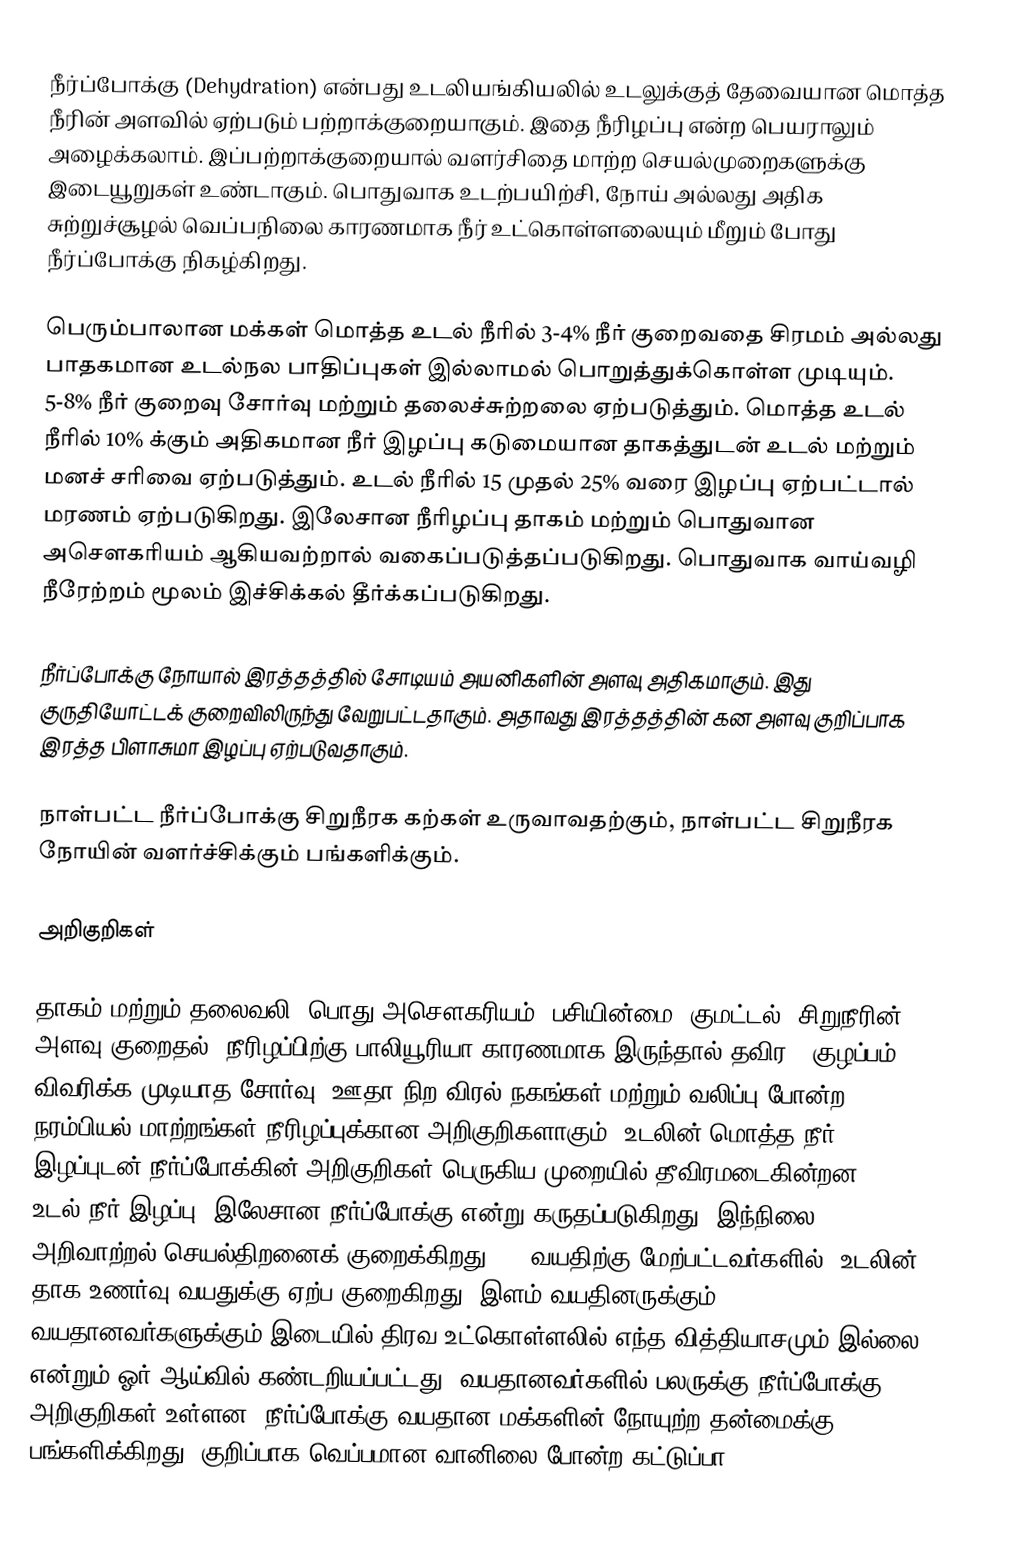
நீர்ப்போக்கு (Dehydration) என்பது உடலியங்கியலில் உடலுக்குத் தேவையான மொத்த நீரின் அளவில் ஏற்படும் பற்றாக்குறையாகும். இதை நீரிழப்பு என்ற பெயராலும் அழைக்கலாம். இப்பற்றாக்குறையால் வளர்சிதை மாற்ற செயல்முறைகளுக்கு இடையூறுகள் உண்டாகும். பொதுவாக உடற்பயிற்சி, நோய் அல்லது அதிக சுற்றுச்சூழல் வெப்பநிலை காரணமாக நீர் உட்கொள்ளலையும் மீறும் போது நீர்ப்போக்கு நிகழ்கிறது.

பெரும்பாலான மக்கள் மொத்த உடல் நீரில் 3-4% நீர் குறைவதை சிரமம் அல்லது பாதகமான உடல்நல பாதிப்புகள் இல்லாமல் பொறுத்துக்கொள்ள முடியும். 5-8% நீர் குறைவு சோர்வு மற்றும் தலைச்சுற்றலை ஏற்படுத்தும். மொத்த உடல் நீரில் 10% க்கும் அதிகமான நீர் இழப்பு கடுமையான தாகத்துடன் உடல் மற்றும் மனச் சரிவை ஏற்படுத்தும். உடல் நீரில் 15 முதல் 25% வரை இழப்பு ஏற்பட்டால் மரணம் ஏற்படுகிறது. இலேசான நீரிழப்பு தாகம் மற்றும் பொதுவான அசௌகரியம் ஆகியவற்றால் வகைப்படுத்தப்படுகிறது. பொதுவாக வாய்வழி நீரேற்றம் மூலம் இச்சிக்கல் தீர்க்கப்படுகிறது.

நீர்ப்போக்கு நோயால் இரத்தத்தில் சோடியம் அயனிகளின் அளவு அதிகமாகும். இது குருதியோட்டக் குறைவிலிருந்து வேறுபட்டதாகும். அதாவது இரத்தத்தின் கன அளவு குறிப்பாக இரத்த பிளாசுமா இழப்பு ஏற்படுவதாகும்.

நாள்பட்ட நீர்ப்போக்கு சிறுநீரக கற்கள் உருவாவதற்கும், நாள்பட்ட சிறுநீரக நோயின் வளர்ச்சிக்கும் பங்களிக்கும்.

அறிகுறிகள்

தாகம் மற்றும் தலைவலி, பொது அசௌகரியம், பசியின்மை, குமட்டல், சிறுநீரின் அளவு குறைதல் (நீரிழப்பிற்கு பாலியூரியா காரணமாக இருந்தால் தவிர), குழப்பம், விவரிக்க முடியாத சோர்வு, ஊதா நிற விரல் நகங்கள் மற்றும் வலிப்பு போன்ற நரம்பியல் மாற்றங்கள் நீரிழப்புக்கான அறிகுறிகளாகும். உடலின் மொத்த நீர் இழப்புடன் நீர்ப்போக்கின் அறிகுறிகள் பெருகிய முறையில் தீவிரமடைகின்றன. 1-2% உடல் நீர் இழப்பு, இலேசான நீர்ப்போக்கு  என்று கருதப்படுகிறது, இந்நிலை அறிவாற்றல் செயல்திறனைக் குறைக்கிறது. 50 வயதிற்கு மேற்பட்டவர்களில், உடலின் தாக உணர்வு வயதுக்கு ஏற்ப குறைகிறது. இளம் வயதினருக்கும் வயதானவர்களுக்கும் இடையில் திரவ உட்கொள்ளலில் எந்த வித்தியாசமும் இல்லை என்றும் ஓர் ஆய்வில் கண்டறியப்பட்டது. வயதானவர்களில் பலருக்கு நீர்ப்போக்கு  அறிகுறிகள் உள்ளன. நீர்ப்போக்கு வயதான மக்களின் நோயுற்ற தன்மைக்கு பங்களிக்கிறது. குறிப்பாக வெப்பமான வானிலை போன்ற கட்டுப்பா